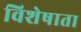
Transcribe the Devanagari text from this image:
विशेषाता